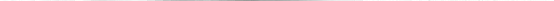
___